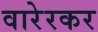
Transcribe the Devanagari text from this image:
वारेरकर